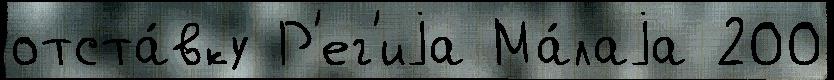
отста́вку Р'ег'иjа Ма́лаjа 200